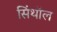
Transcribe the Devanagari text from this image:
सिंथॉल